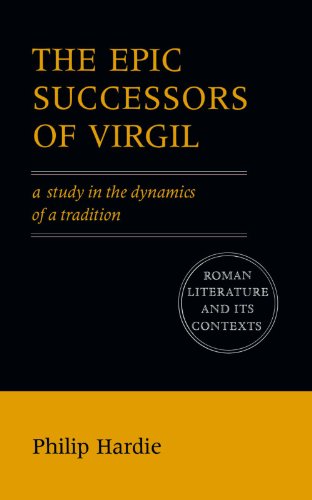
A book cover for The Epic Successors of Virgil: A Study in the Dynamics of a Tradition (Roman Literature and its Contexts); Philip Hardie; Literature & Fiction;